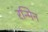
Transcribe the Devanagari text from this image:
रन्मिन